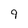
Character: 9